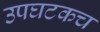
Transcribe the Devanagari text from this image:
उपघटकच